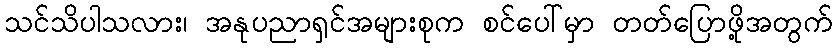
သင်သိပါသလား၊ အနုပညာရှင်အများစုက စင်ပေါ်မှာ တတ်ပြောဖို့အတွက်